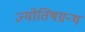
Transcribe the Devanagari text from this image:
ज्योतिषग्रन्थ